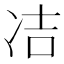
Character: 𭂋